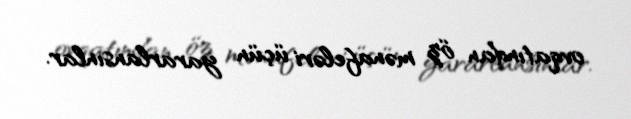
ovqatından öz mənafeləri üçün yararlansınlar.